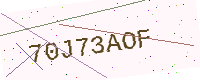
Text: 70J73AOF